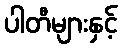
ပါတီများနှင့်